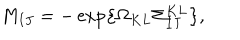
M _ { I J } = - \exp \left\{ \Omega _ { K L } \Sigma _ { I J } ^ { K L } \right\} ,